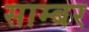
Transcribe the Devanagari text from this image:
साम्बर